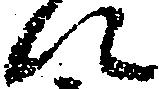
に